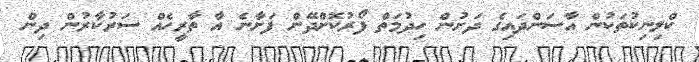
ކްލިނިކުތަކުން އާސަންދައިގެ ދަށުން ހިދުމަތް ފޯރުކޮށްދޭން ފަށާނެ އާ ތާރީހެއް ސަރުކާރުން ދިން